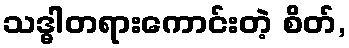
သဒ္ဓါတရားကောင်းတဲ့ စိတ်,